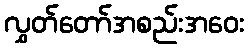
လွှတ်တော်အစည်းအဝေး